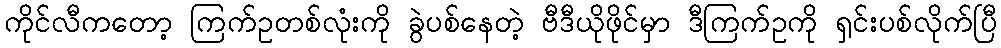
ကိုင်လီကတော့ ကြက်ဥတစ်လုံးကို ခွဲပစ်နေတဲ့ ဗီဒီယိုဖိုင်မှာ ဒီကြက်ဥကို ရှင်းပစ်လိုက်ပြီ